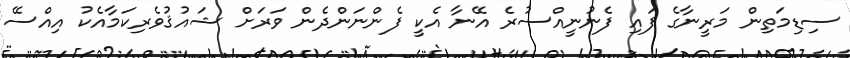
ސިޑިމަތިން މަރީނާގެ ފައި ފެނުނީއްސުރެ އޭނާ އެކީ ފެންނަންދެން ވަރަށް ޝައުޤުވެރިކަމާއެކު އިއްސޭ